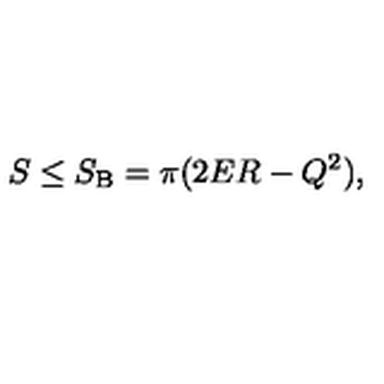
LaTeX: S \le S _ { \mathrm { B } } = \pi ( 2 E R - Q ^ { 2 } ) ,